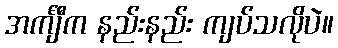
အင်္ကျီက နည်းနည်း ကျပ်သလိုပဲ။